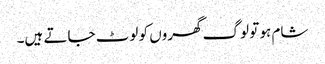
شام ہو تو لوگ گھروں کو لوٹ جاتے ہیں۔